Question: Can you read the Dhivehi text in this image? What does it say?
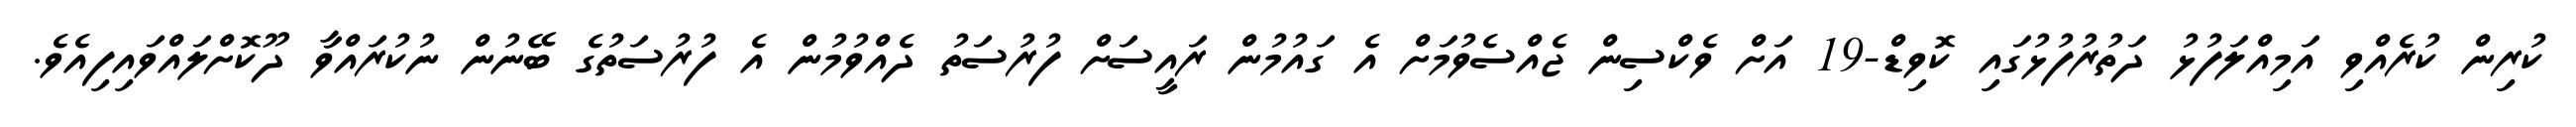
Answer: ކުރިން ކުރެއްވި އަމިއްލަފުޅު ދަތުރުފުޅުގައި ކޮވިޑް-19 އަށް ވެކްސިން ޖެއްސެވުމަށް އެ ގައުމުން ރައީސަށް ފުރުސަތު ދެއްވުމުން އެ ފުރުސަތުގެ ބޭނުން ނުކުރައްވާ ދޫކޮށްލައްވައިފިއެވެ.